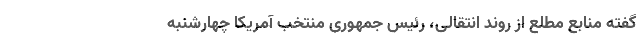
گفته منابع مطلع از روند انتقالی، رئیس جمهوری منتخب آمریکا چهارشنبه